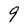
Character: 9